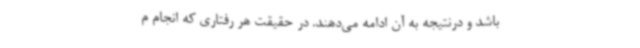
باشد و درنتیجه به آن ادامه می‌دهند. در حقیقت هر رفتاری که انجام م